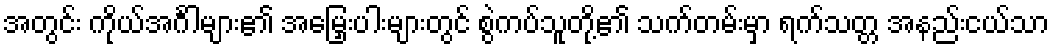
အတွင်း ကိုယ်အင်္ဂါများ၏ အမြှေးပါးများတွင် စွဲကပ်သူတို့၏ သက်တမ်းမှာ ရက်သတ္တ အနည်းငယ်သာ